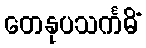
တေနုပသင်္ကမိံ